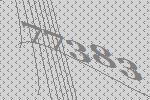
77383